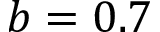
b = 0 . 7